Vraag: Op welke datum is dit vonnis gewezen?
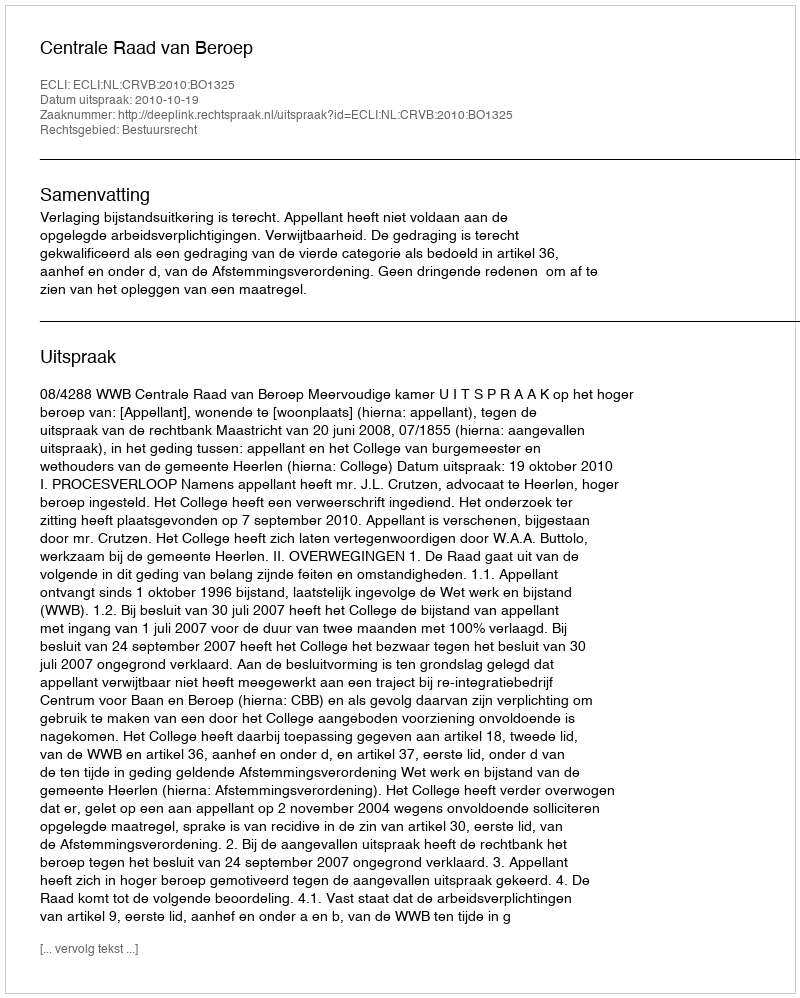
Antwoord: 2010-10-19